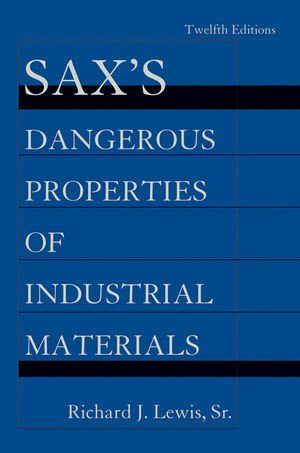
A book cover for Sax's Dangerous Properties of Industrial Materials, 5 Volume Set; Richard J. Lewis Sr.; Science & Math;